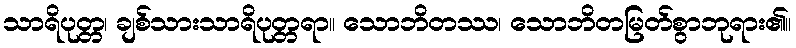
သာရိပုတ္တ၊ ချစ်သားသာရိပုတ္တရာ။ သောဘိတဿ၊ သောဘိတမြတ်စွာဘုရား၏။